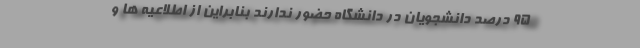
۹۵ درصد دانشجویان در دانشگاه حضور ندارند بنابراین از اطلاعیه ها و